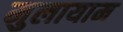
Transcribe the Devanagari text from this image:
मुलायाम